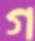
গ